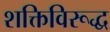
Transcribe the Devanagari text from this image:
शक्तिविरूद्ध